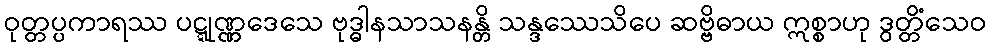
ဝုတ္တပ္ပကာရဿ ပဋ္ဋုဏ္ဏဒေသေ ဗုဒ္ဓါနသာသနန္တိ သန္ဒဿေသိပေ ဆဗ္ဗိဓာယ ဣစ္စာဟု ဒွတ္တိံသေဝ